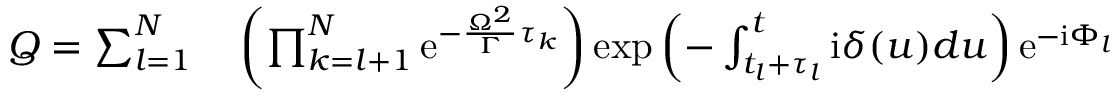
\begin{array} { r l } { Q = \sum _ { l = 1 } ^ { N } } & { { } \left( \prod _ { k = l + 1 } ^ { N } \mathrm { e } ^ { - \frac { \Omega ^ { 2 } } { \Gamma } \tau _ { k } } \right) \exp \left( - \int _ { t _ { l } + \tau _ { l } } ^ { t } \mathrm { i } \delta ( u ) d u \right) \mathrm { e } ^ { - \mathrm { i } \Phi _ { l } } } \end{array}